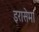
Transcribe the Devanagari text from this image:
इरासेमा